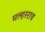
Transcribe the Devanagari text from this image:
मल्हरराव